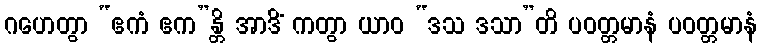
ဂဟေတွာ “ဧကံ ဧက”န္တိ အာဒိံ ကတွာ ယာဝ “ဒသ ဒသာ”တိ ပဝတ္တမာနံ ပဝတ္တမာနံ